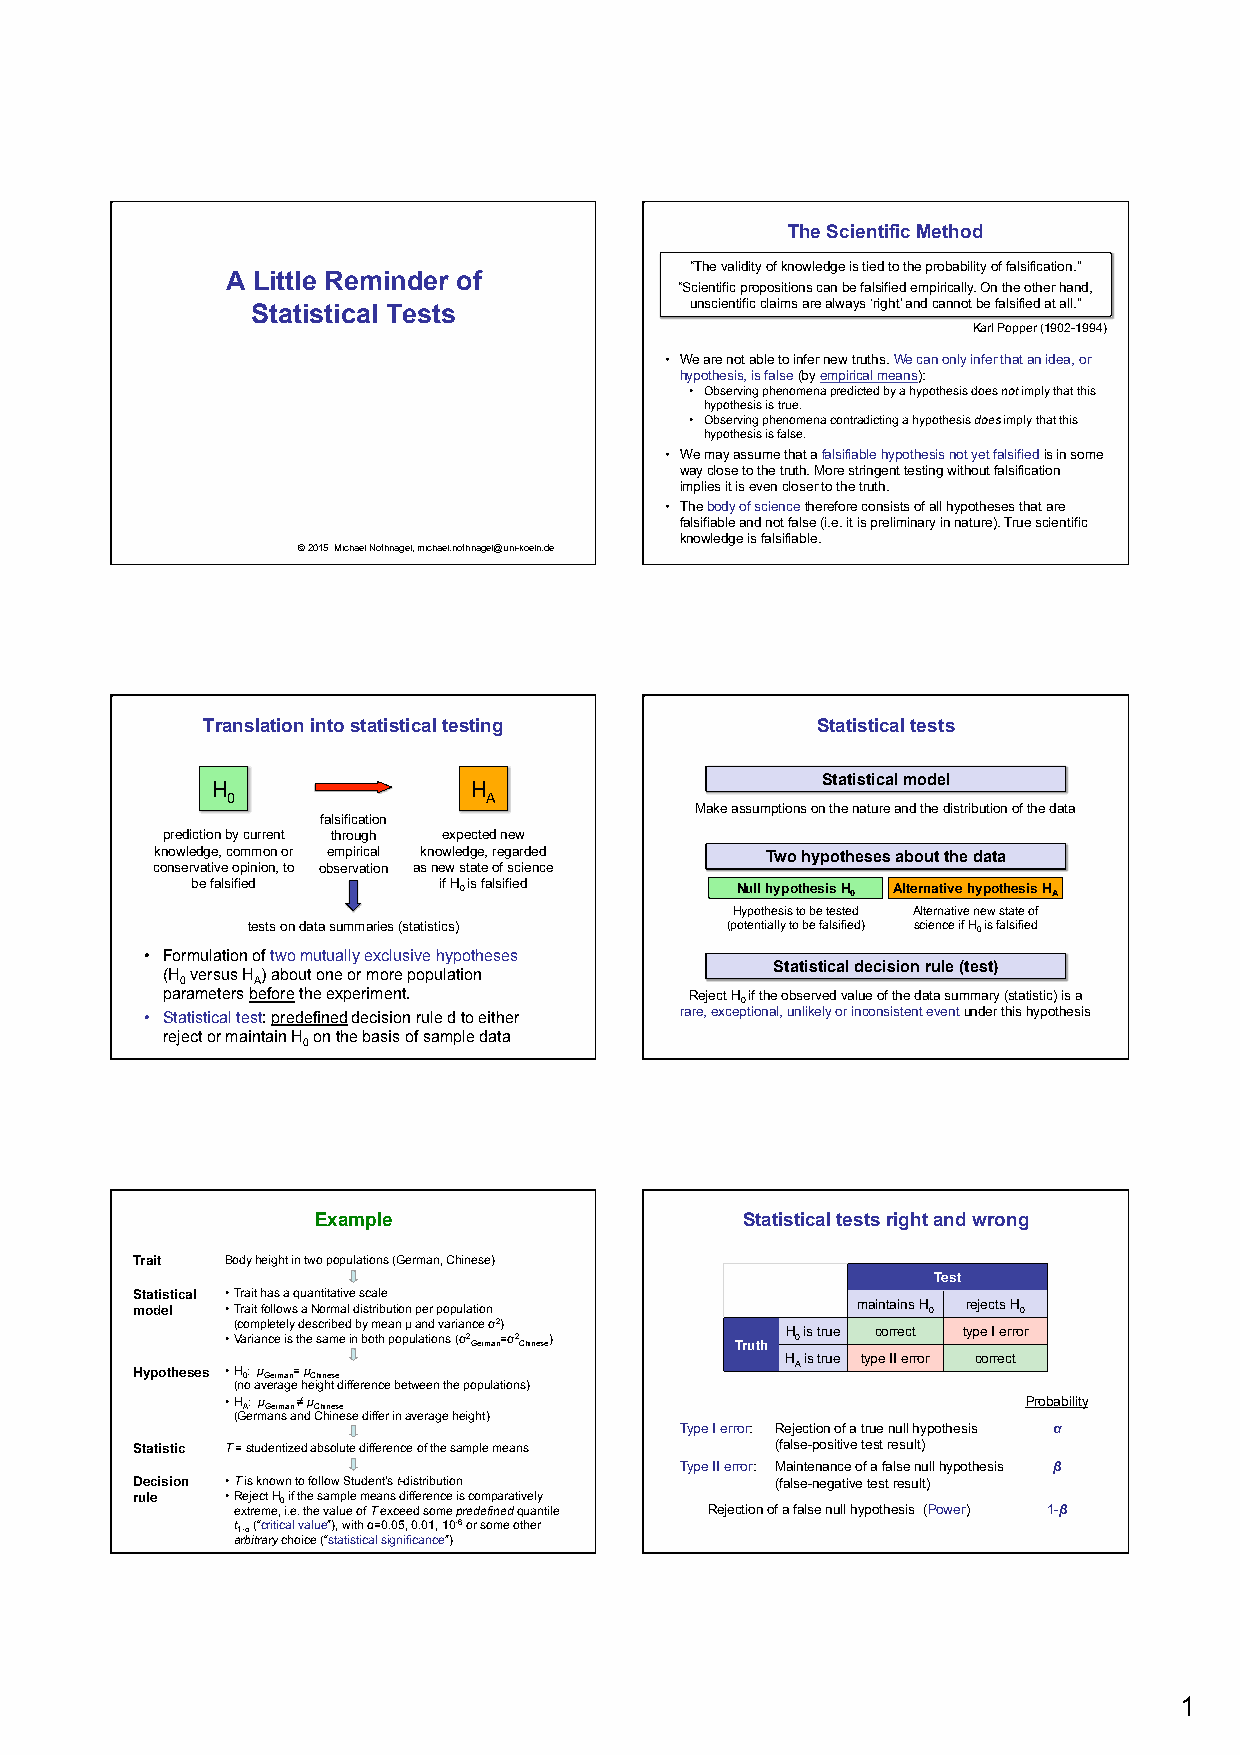
The Scientific Method
 “The validity of knowledge is tied to the probability of falsification.”
 A Little Reminder of
 “Scientific propositions can be falsified empirically. On the other hand,
 Statistical Tests            unscientific claims are always ‘right’ and cannot be falsified at all.”
 Karl Popper (1902-1994)
 • We are not able to infer new truths. We can only infer that an idea, or
 hypothesis, is false (by empirical means):
 • Observing phenomena predicted by a hypothesis does not imply that this
 hypothesis is true.
 • Observing phenomena contradicting a hypothesis does imply that this
 hypothesis is false.
 • We may assume that a falsifiable hypothesis not yet falsified is in some
 way close to the truth. More stringent testing without falsification
 implies it is even closer to the truth.
 • The body of science therefore consists of all hypotheses that are
 falsifiable and not false (i.e. it is preliminary in nature). True scientific
 knowledge is falsifiable.
 © 2015 Michael Nothnagel, michael.nothnagel@uni-koeln.de
 Translation into statistical testing     Statistical tests
 Statistical model
 H                H
 0                A
 Make assumptions on the nature and the distribution of the data
 falsification
 prediction by current through expected new
 knowledge, common or empirical knowledge, regarded Two hypotheses about the data
 conservative opinion, to observation as new state of science
 be falsified    if H 0 is falsified Null hypothesis H 0 Alternative hypothesis H A
 Hypothesis to be tested Alternative new state of
 tests on data summaries (statistics) (potentially to be falsified) science if H0 is falsified
 • Formulation of two mutually exclusive hypotheses
 Statistical decision rule (test)
 (H versus H ) about one or more population
 0    A
 parameters before the experiment.  Reject H if the observed value of the data summary (statistic) is a
 0
 • Statistical test: predefined decision rule d to either rare, exceptional, unlikely or inconsistent event under this hypothesis
 reject or maintain H on the basis of sample data
 0
 Example                     Statistical tests right and wrong
 Trait Body height in two populations (German, Chinese)
 Test
 Statistical • Trait has a quantitative scale
 model • Trait follows a Normal distribution per population maintains H 0 rejects H 0
 (completely described by mean µ and variance σ2)
 H is true correct type I error
 • Variance is the same in both populations (σ2 German=σ2 Chinese) Truth 0
 H is true type II error correct
 A
 Hypotheses • H0: µGerman= µChinese
 (no average height difference between the populations)
 • HA: µGerman ≠ µChinese                             Probability
 (Germans and Chinese differ in average height)
 Type I error: Rejection of a true null hypothesis α
 Statistic T = studentized absolute difference of the sample means (false-positive test result)
 Type II error: Maintenance of a false null hypothesis β
 Decision • T is known to follow Student’s t-distribution (false-negative test result)
 rule  • Reject H0 if the sample means difference is comparatively
 extreme, i.e. the value of T exceed some predefined quantile Rejection of a false null hypothesis (Power) 1-β
 t1-α (“critical value”), with α=0.05, 0.01, 10-6 or some other
 arbitrary choice (“statistical significance”)
 1